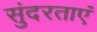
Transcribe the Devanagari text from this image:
सुंदरताएं